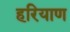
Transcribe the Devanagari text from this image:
हरियाण